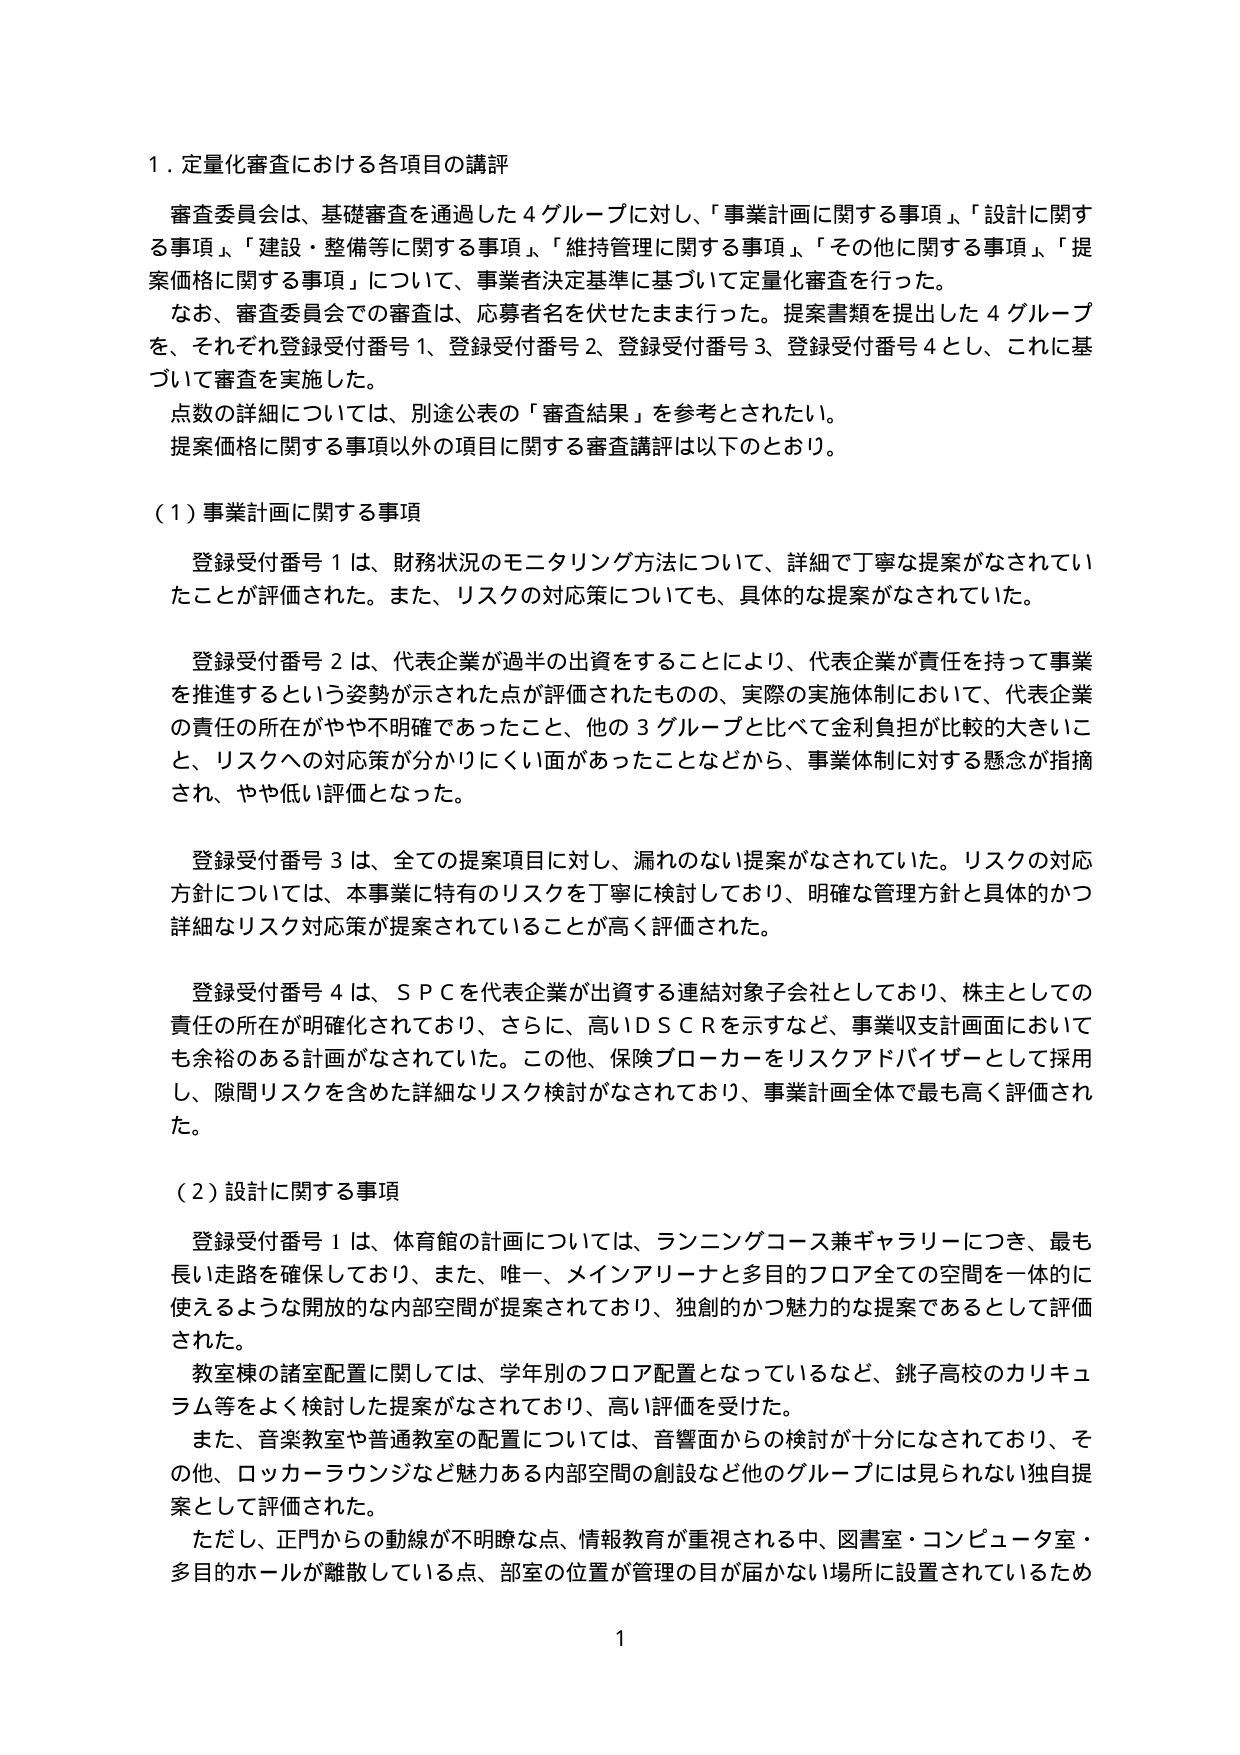
1．定量化審査における各項目の講評

審査委員会は、基礎審査を通過した４グループに対し、「事業計画に関する事項」、「設計に関する事項」、「建設・整備等に関する事項」、「維持管理に関する事項」、「その他に関する事項」、「提案価格に関する事項」について、事業者決定基準に基づいて定量化審査を行った。

なお、審査委員会での審査は、応募者名を伏せたまま行った。提案書類を提出した４グループを、それぞれ登録受付番号１、登録受付番号２、登録受付番号３、登録受付番号４とし、これに基づいて審査を実施した。

点数の詳細については、別途公表の「審査結果」を参考とされたい。

提案価格に関する事項以外の項目に関する審査講評は以下のとおり。

（１）事業計画に関する事項

登録受付番号１は、財務状況のモニタリング方法について、詳細で丁寧な提案がなされていたことが評価された。また、リスクの対応策についても、具体的な提案がなされていた。

登録受付番号２は、代表企業が過半の出資をすることにより、代表企業が責任を持って事業を推進するという姿勢が示された点が評価されたものの、実際の実施体制において、代表企業の責任の所在がやや不明確であったこと、他の３グループと比べて金利負担が比較的大きいこと、リスクへの対応策が分かりにくい面があったことなどから、事業体制に対する懸念が指摘され、やや低い評価となった。

登録受付番号３は、全ての提案項目に対し、漏れのない提案がなされていた。リスクの対応方針については、本事業に特有のリスクを丁寧に検討しており、明確な管理方針と具体的かつ詳細なリスク対応策が提案されていることが高く評価された。

登録受付番号４は、ＳＰＣを代表企業が出資する連結対象子会社としており、株主としての責任の所在が明確化されており、さらに、高いＤＳＣＲを示すなど、事業収支計画面においても余裕のある計画がなされていた。この他、保険ブローカーをリスクアドバイザーとして採用し、隙間リスクを含めた詳細なリスク検討がなされており、事業計画全体で最も高く評価された。

（２）設計に関する事項

登録受付番号１は、体育館の計画については、ランニングコース兼ギャラリーにつき、最も長い走路を確保しており、また、唯一、メインアリーナと多目的フロア全ての空間を一体的に使えるような開放的な内部空間が提案されており、独創的かつ魅力的な提案であるとして評価された。

教室棟の諸室配置に関しては、学年別のフロア配置となっているなど、銚子高校のカリキュラム等をよく検討した提案がなされており、高い評価を受けた。

また、音楽教室や普通教室の配置については、音響面からの検討が十分になされており、その他、ロッカーラウンジなど魅力ある内部空間の創設など他のグループには見られない独自提案として評価された。

ただし、正門からの動線が不明瞭な点、情報教育が重視される中、図書室・コンピュータ室・多目的ホールが離散している点、部室の位置が管理の目が届かない場所に設置されているため

1